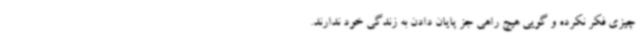
چیزی فکر نکرده و گویی هیچ راهی جز پایان دادن به زندگی خود ندارند.